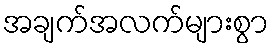
အချက်အလက်များစွာ